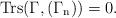
LaTeX: \begin{align*}\rm{Trs}(\Gamma,(\Gamma_{n}))=0.\end{align*}